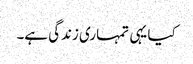
کیا یہی تمہاری زندگی ہے۔